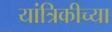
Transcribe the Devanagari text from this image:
यांत्रिकीच्या